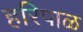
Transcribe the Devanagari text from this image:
हरिपाळ